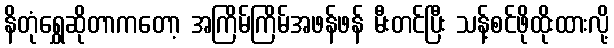
နိတုံရွှေဆိုတာကတော့ အကြိမ်ကြိမ်အဖန်ဖန် မီးတင်ပြီး သန့်စင်ဖိုထိုးထားလို့